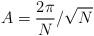
LaTeX: \begin{align*}A=\frac{2\pi}{N}/\sqrt{N}\end{align*}